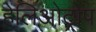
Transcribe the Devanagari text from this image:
हेलिओट्रोप